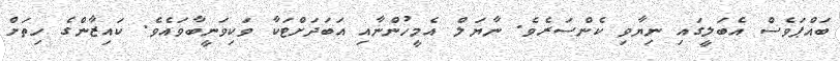
ބައްޕަވެސް އެބަލީގައި ނިޔާވި ކެންސަރެވެ. ނާޔަލް އެމީހުންނާއި އަބަދަށްޓަކާ ވަކިވަނީބާވައެވެ. ކައިޒާންގެ ހިތަށް